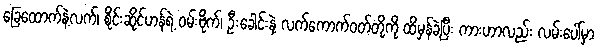
ခြေထောက်နဲ့လက်၊ စိုင်းဆိုင်ဟန်ရဲ့ ၀မ်းဗိုက်၊ ဦးခေါင်းနဲ့ လက်ကောက်၀တ်တို့ကို ထိမှန်ခဲ့ပြီး ကားဟာလည်း လမ်းပေါ်မှာ